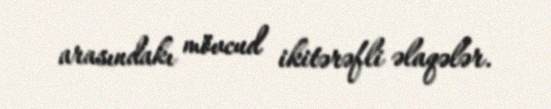
arasındakı mövcud ikitərəfli əlaqələr.